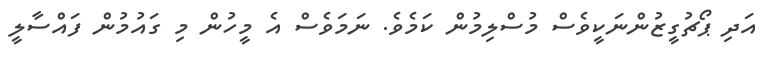
އަދި ޕޯޗުގީޒުންނަކީވެސް މުސްލިމުން ކަމެވެ. ނަމަވެސް އެ މީހުން މި ގައުމުން ފައްސާލީ